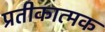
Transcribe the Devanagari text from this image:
प्रतीकात्‍मक